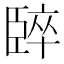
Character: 𫇈